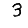
Digit: 3